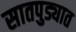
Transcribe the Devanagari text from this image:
सातपुड्यात